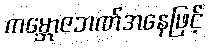
ကမ္ဘောဇဘဏ်အနေဖြင့်